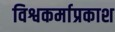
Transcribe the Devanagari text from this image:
विश्वकर्माप्रकाश